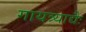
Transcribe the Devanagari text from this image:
गायत्र्याद्यैः